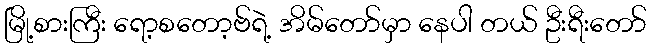
မြို့စားကြီး ရော့စတော့ဗ်ရဲ့ အိမ်တော်မှာ နေပါ တယ် ဦးရီးတော်